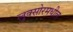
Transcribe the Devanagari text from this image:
लुक्सोरमधील